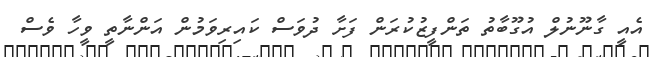
އެއީ ގާނޫނުލް އުގޫބާތު ތަންފީޒުކުރަން ފަށާ ދުވަސް ކައިރިވަމުން އަންނާތީ ވީހާ ވެސް